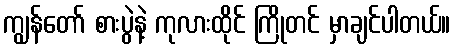
ကျွန်တော် စားပွဲနဲ့ ကုလားထိုင် ကြိုတင် မှာချင်ပါတယ်။